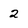
Character: 2